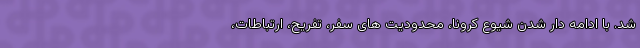
شد. با ادامه دار شدن شیوع کرونا، محدودیت های سفر، تفریح، ارتباطات،